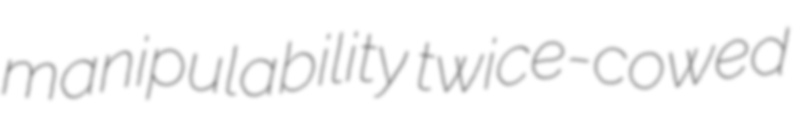
manipulability twice-cowed